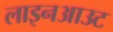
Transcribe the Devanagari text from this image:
लाइनआउट